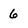
Character: 6